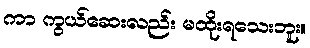
ကာ ကွယ်ဆေးလည်း မထိုးရသေးဘူး။